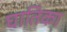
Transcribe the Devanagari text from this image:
घातिका